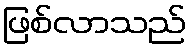
ဖြစ်လာသည်